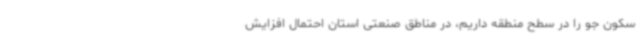
سکون جو را در سطح منطقه داریم، در مناطق صنعتی استان احتمال افزایش